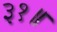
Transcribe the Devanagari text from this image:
३१॥